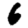
Digit: 6